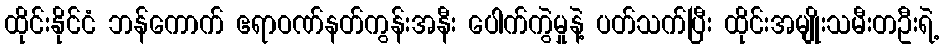
ထိုင်းနိုင်ငံ ဘန်ကောက် ဧရာဝဏ်နတ်ကွန်းအနီး ပေါက်ကွဲမှုနဲ့ ပတ်သက်ပြီး ထိုင်းအမျိုးသမီးတဦးရဲ့